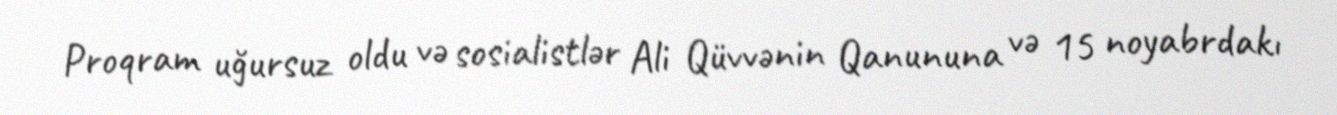
Proqram uğursuz oldu və sosialistlər Ali Qüvvənin Qanununa və 15 noyabrdakı